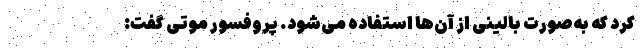
کرد که به‌صورت بالینی از آن‌ها استفاده می‌شود. پروفسور موتی گفت: